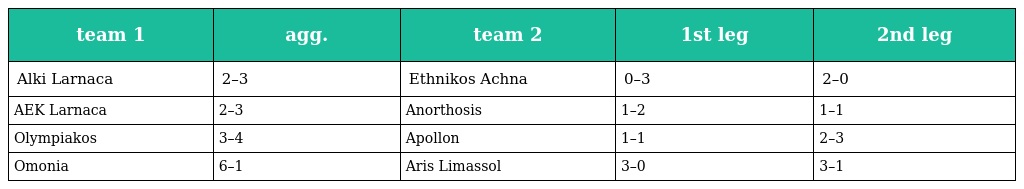
| team 1 | agg. | team 2 | 1st leg | 2nd leg |
 | --- | --- | --- | --- | --- |
 | Alki Larnaca | 2–3 | Ethnikos Achna | 0–3 | 2–0 |
 | AEK Larnaca | 2–3 | Anorthosis | 1–2 | 1–1 |
 | Olympiakos | 3–4 | Apollon | 1–1 | 2–3 |
 | Omonia | 6–1 | Aris Limassol | 3–0 | 3–1 |